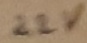
Text: 22V